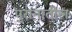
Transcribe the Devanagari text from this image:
पुरानातील